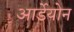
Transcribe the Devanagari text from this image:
आर्डेयोन